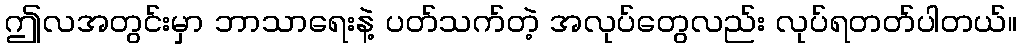
ဤလအတွင်းမှာ ဘာသာရေးနဲ့ ပတ်သက်တဲ့ အလုပ်တွေလည်း လုပ်ရတတ်ပါတယ်။